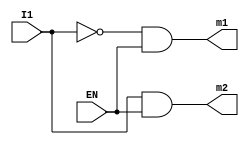
`timescale 1ns / 1ps
//////////////////////////////////////////////////////////////////////////////////
// Company: 
// Engineer: 
// 
// Design Name: 
// Module Name:    decoder1x2 
// Project Name: 
// Target Devices: 
// Tool versions: 
// Description: 
//
// Dependencies: 
//
// Revision: 
// Revision 0.01 - File Created
// Additional Comments: 
//
//////////////////////////////////////////////////////////////////////////////////
module decoder1x2(
    input EN,
    input I1,
    output m1,
    output m2
    );
	 
	 assign m1=~(I1)&EN;
	 assign m2=I1&EN;

endmodule